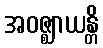
အဝဇ္ဈာယန္တိ